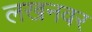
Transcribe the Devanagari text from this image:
लखनवर